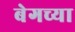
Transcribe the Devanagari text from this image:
बेगच्या